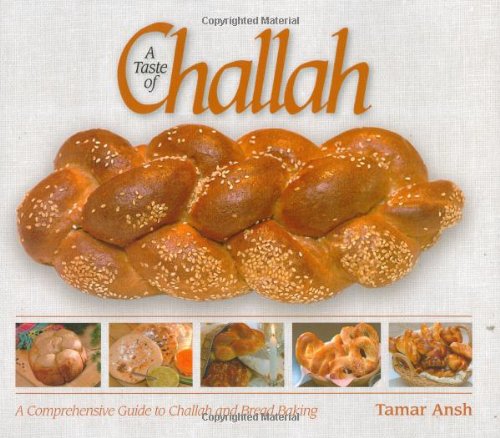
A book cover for A Taste of Challah; Tamar Ansh; Cookbooks, Food & Wine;